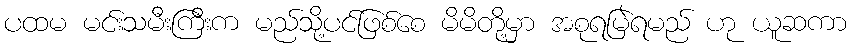
ပထမ မင်းသမီးကြီးက မည်သို့ပင်ဖြစ်စေ မိမိတို့မှာ အစုရမြဲရမည် ဟု ယူဆကာ